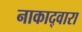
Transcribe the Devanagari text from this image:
नाकाद्वारा